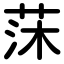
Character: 莯